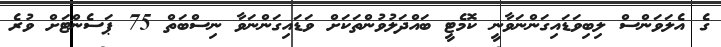
ގެ އެލަވަންސް ލިބިވަޑައިގަންނަވާނީ ކޮމެޓީ ބައްދަލުވުންތަކަށް ވަޑައިގަންނަވާ ނިސްބަތް 75 ޕަސެންޓަށް ވުރެ